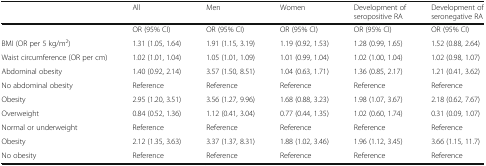
<table><thead><tr><td></td><td><b>All</b></td><td><b>Men</b></td><td><b>Women</b></td><td><b>Development of seropositive RA</b></td><td><b>Development of seronegative RA</b></td></tr></thead><tbody><tr><td></td><td>OR (95% CI)</td><td>OR (95% CI)</td><td>OR (95% CI)</td><td>OR (95% CI)</td><td>OR (95% CI)</td></tr><tr><td>BMI (OR per 5 kg/m<sup>2</sup>)</td><td>1.31 (1.05, 1.64)</td><td>1.91 (1.15, 3.19)</td><td>1.19 (0.92, 1.53)</td><td>1.28 (0.99, 1.65)</td><td>1.52 (0.88, 2.64)</td></tr><tr><td>Waist circumference (OR per cm)</td><td>1.02 (1.01, 1.04)</td><td>1.05 (1.01, 1.09)</td><td>1.01 (0.99, 1.04)</td><td>1.02 (1.00, 1.04)</td><td>1.02 (0.98, 1.07)</td></tr><tr><td>Abdominal obesity</td><td>1.40 (0.92, 2.14)</td><td>3.57 (1.50, 8.51)</td><td>1.04 (0.63, 1.71)</td><td>1.36 (0.85, 2.17)</td><td>1.21 (0.41, 3.62)</td></tr><tr><td>No abdominal obesity</td><td>Reference</td><td>Reference</td><td>Reference</td><td>Reference</td><td>Reference</td></tr><tr><td>Obesity</td><td>2.95 (1.20, 3.51)</td><td>3.56 (1.27, 9.96)</td><td>1.68 (0.88, 3.23)</td><td>1.98 (1.07, 3.67)</td><td>2.18 (0.62, 7.67)</td></tr><tr><td>Overweight</td><td>0.84 (0.52, 1.36)</td><td>1.12 (0.41, 3.04)</td><td>0.77 (0.44, 1.35)</td><td>1.02 (0.60, 1.74)</td><td>0.31 (0.09, 1.07)</td></tr><tr><td>Normal or underweight</td><td>Reference</td><td>Reference</td><td>Reference</td><td>Reference</td><td>Reference</td></tr><tr><td>Obesity</td><td>2.12 (1.35, 3.63)</td><td>3.37 (1.37, 8.31)</td><td>1.88 (1.02, 3.46)</td><td>1.96 (1.12, 3.45)</td><td>3.66 (1.15, 11.7)</td></tr><tr><td>No obesity</td><td>Reference</td><td>Reference</td><td>Reference</td><td>Reference</td><td>Reference</td></tr></tbody></table>